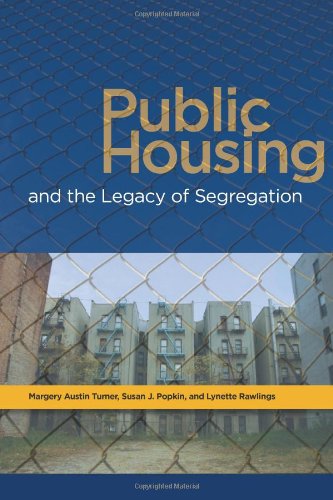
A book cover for Public Housing and Legacy of Segregation; Margery Austin Turner; Law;